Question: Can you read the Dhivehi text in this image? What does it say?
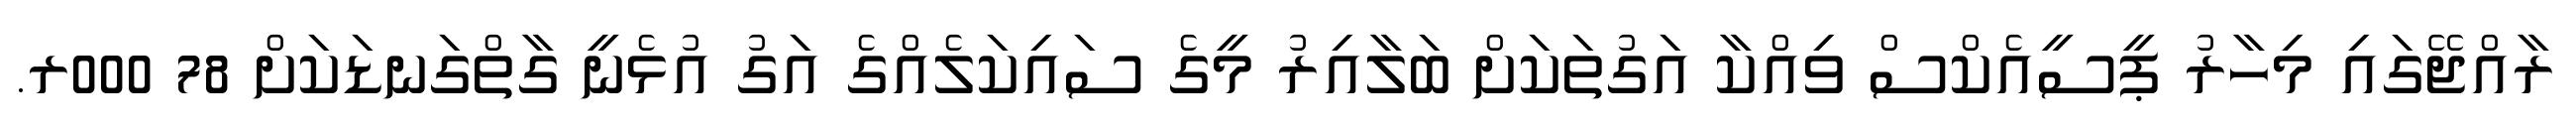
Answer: ރާއްޖޭގައި މިހާރު ޕީސީއެކްސް ވިއްކާ އަގުތަކަށް ބަލާއިރު މީގެ ސައިކަލެއްގެ އަގު އުޅެނީ ގާތްގަނޑަކަށް 78 000ރ.